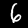
Digit: 6